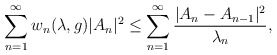
\begin{align*}{}\displaystyle\sum_{n=1}^{\infty}w_{n}(\lambda,g )|A_n|^{2}\leq\displaystyle\sum_{n=1}^{\infty}\frac{|A_{n}-A_{n-1}|^{2}}{\lambda_{n}},\end{align*}